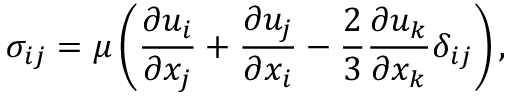
{ \sigma _ { i j } } = \mu \left( { \frac { { \partial { u _ { i } } } } { { \partial { x _ { j } } } } + \frac { { \partial { u _ { j } } } } { { \partial { x _ { i } } } } - \frac { 2 } { 3 } \frac { { \partial { u _ { k } } } } { { \partial { x _ { k } } } } { \delta _ { i j } } } \right) ,